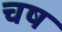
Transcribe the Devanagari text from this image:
चष